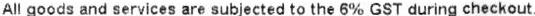
ALL GOODS AND SERVICES ARE SUBJECTED TO THE 6% GST DURING CHECKOUT.